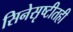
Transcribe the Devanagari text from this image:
सिनेसृष्टीतही